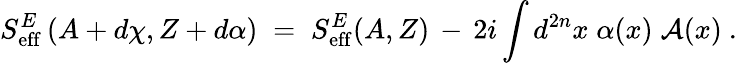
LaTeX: S_{\mathrm{eff}}^{E}\left(A+d\chi,Z+d\alpha\right)\; =\; S_{\mathrm{eff}}^{E}(A,Z)\, -\, 2i\int d^{2n}x\; \alpha(x)\; {\mathcal A}(x)~.